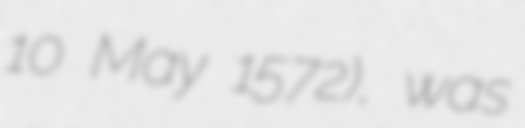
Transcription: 10 May 1572), was